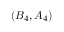
( B _ { 4 } , A _ { 4 } )